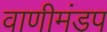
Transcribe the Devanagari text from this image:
वाणीमंडप